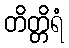
တိတ္တိရံ